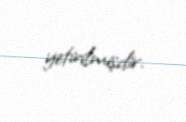
yetirilmişdir.